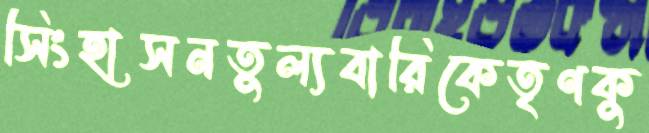
সিংহাসনতুল্যবারিকেতৃণকু